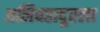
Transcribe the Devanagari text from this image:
अलिबहादूरला